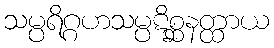
သမ္ပရိဂ္ဂဟသမ္ပဋိစ္ဆနတ္ထာယ